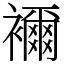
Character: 襧